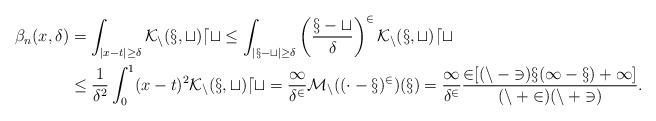
LaTeX: \begin{align*}\beta_n(x,\delta) &= \int_{|x-t| \ge \delta} \cal K_n(x,t) dt \le \int_{|x-t| \ge \delta} \left( \frac{x-t}{\delta} \right)^2 \cal K_n(x,t) dt \\& \le \frac{1}{\delta^2} \int_0^1 (x-t)^2 \cal K_n(x,t) dt = \frac{1}{\delta^2} M_n ((\cdot - x)^2)(x) = \frac{1}{\delta^2} \frac{2[ (n-3)x(1-x) + 1]}{(n+2)(n+3)}.\end{align*}